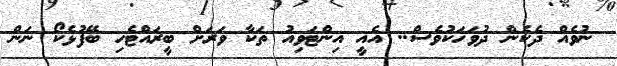
ނުވެއް ދެކެން ދުވަހަކުވެސް.. އެއީ އިންޓަވިއު ތަކާ ވަރަށް ބީރައްޓެހި ބޭފުޅެކޯ ނަން